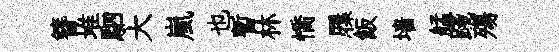
簪堆駟大嵐也暫林憍屧飯墙艋踐殤